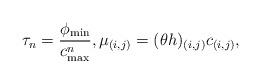
LaTeX: \begin{align*} \tau_n=\displaystyle\frac{\phi_{\rm min}}{c^n_{\rm max}}, \mu_{(i,j)}=(\theta h)_{(i,j)}c_{(i,j)},\end{align*}